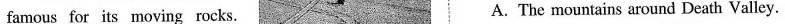
famous for its moving rocks. A. The mountains around Death Valley.